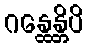
ဂန္ထေန္တိပိ